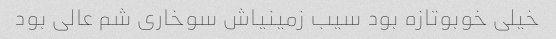
خیلی خوبو‌تازه بود سیب زمینیاش سوخاری شم عالی بود